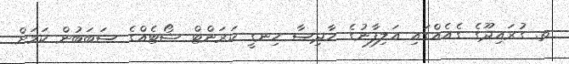
ތ. ގުރައިދޫގެ ގެއެއްގައި އަލިފާނުގެ ހާދިސާ ހިނގީ ކަރަންޓް ޝޯޓެއްގެ ސަބަބުން ކަމަށް